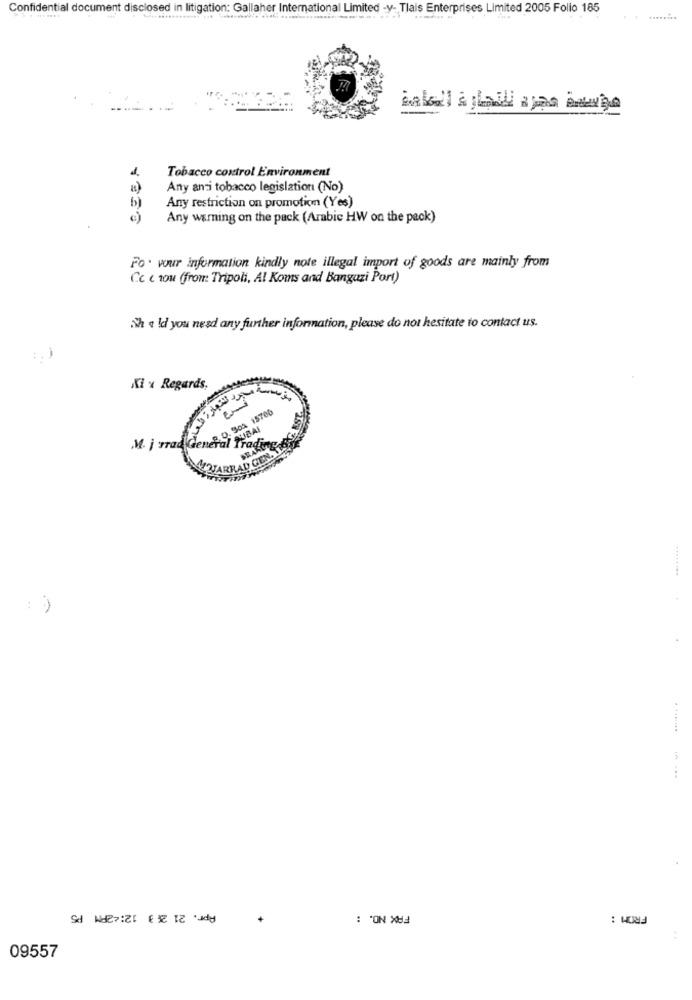
Confidential document disclosed in litigation: Gallaher International Limited -y- Tlais Enterprises Limited 2005 Folio 185
Tobacco control Environment
Any anti tobacco legislation (No)
Any restriction on promotion (Yes)
Any warning on the pack (Arabic HW on the peck)
Fo . vour information kindly note illegal import of goods are mainly from
Cc c rou (from Tripoli, Al Koms and Banguzi Port)
Sh & ld you need any further information, please do not hesitate to contact us.
Ki x Regards,
M. j rad General Tradin
JARRAD GEN.JE
.........
Apr. 21 2: 3 12:42PM P5
FAX NO. :
FROM :
+
09557